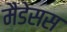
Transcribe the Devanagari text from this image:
मैडेसस